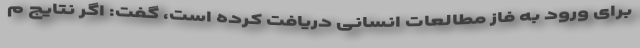
برای ورود به فاز مطالعات انسانی دریافت کرده است، گفت: اگر نتایج م